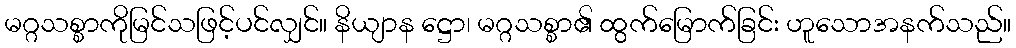
မဂ္ဂသစ္စာကိုမြင်သဖြင့်ပင်လျှင်။ နိယျာန ဋ္ဌော၊ မဂ္ဂသစ္စာ၏ ထွက်မြောက်ခြင်း ဟူသောအနက်သည်။